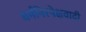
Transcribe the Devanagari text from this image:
धर्मनिरपेक्षवादी